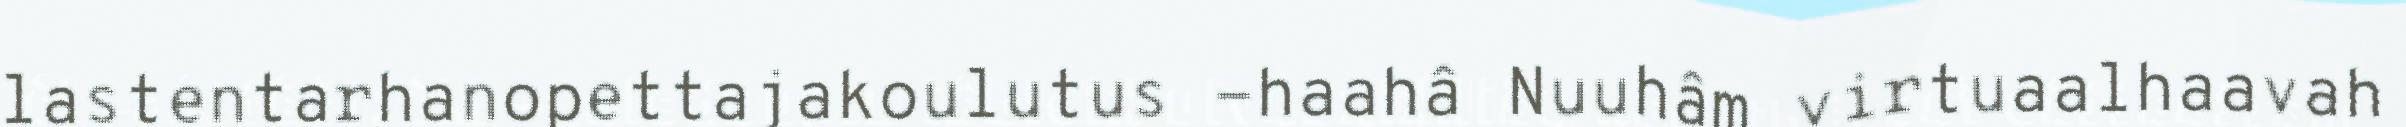
lastentarhanopettajakoulutus -haahâ Nuuhâm virtuaalhaavah